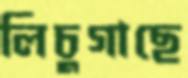
লিচুগাছে